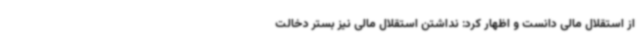
از استقلال مالی دانست و اظهار کرد: نداشتن استقلال مالی نیز بستر دخالت